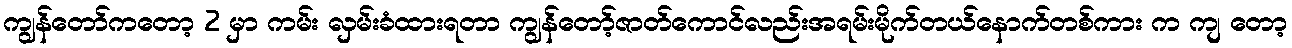
ကျွန်တော်ကတော့ 2 မှာ ကမ်း လှမ်းခံထားရတာ ကျွန်တော့်ဇာတ်ကောင်လည်းအရမ်းမိုက်တယ်နောက်တစ်ကား က ကျ တော့